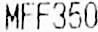
MFF350